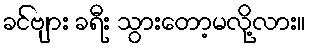
ခင်ဗျား ခရီး သွားတော့မလို့လား။